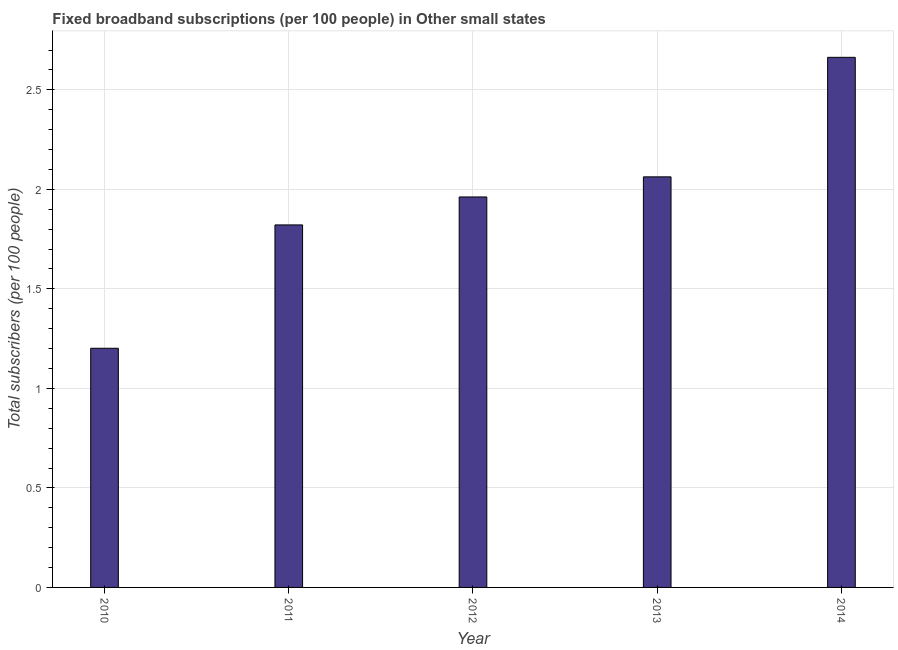
| Year | Fixed broadband subscriptions (per 100 people) |
 | --- | --- |
 | 2010 | 1.2 |
 | 2011 | 1.82 |
 | 2012 | 1.96 |
 | 2013 | 2.06 |
 | 2014 | 2.66 |